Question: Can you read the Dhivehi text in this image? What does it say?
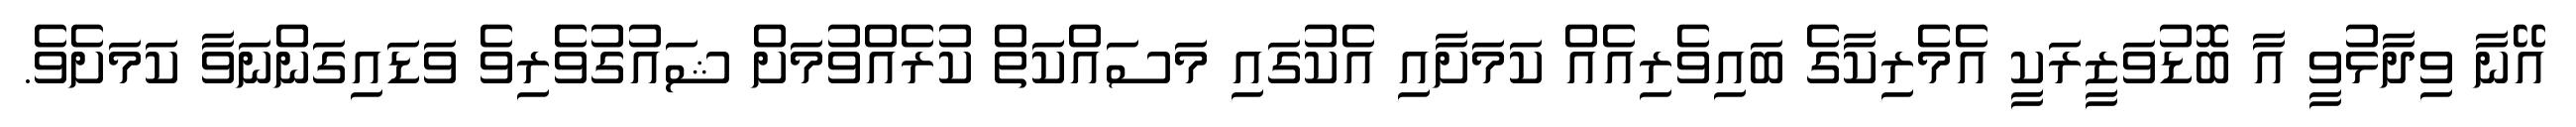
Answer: އޭނާ ވިދާޅުވީ އާ ބޮޑުވަޒީރަކީ އެމެރިކާގެ ބައިވެރިއެއް ކަމަށާއި އެކުގައި މަސައްކަތް ކުރެއްވުމަށް ޝައުގުވެރިވެ ވަޑައިގަންނަވާ ކަމަށެވެ.